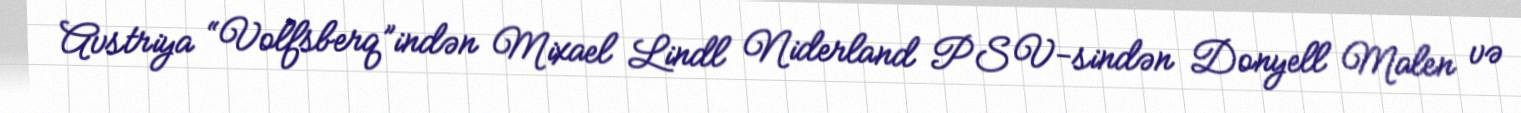
Avstriya “Volfsberq”indən Mixael Lindl Niderland PSV-sindən Donyell Malen və